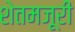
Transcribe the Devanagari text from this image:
शेतमजूरी